Report on vaccination in the Province of Bengal - 1874-1889
Year: 1874
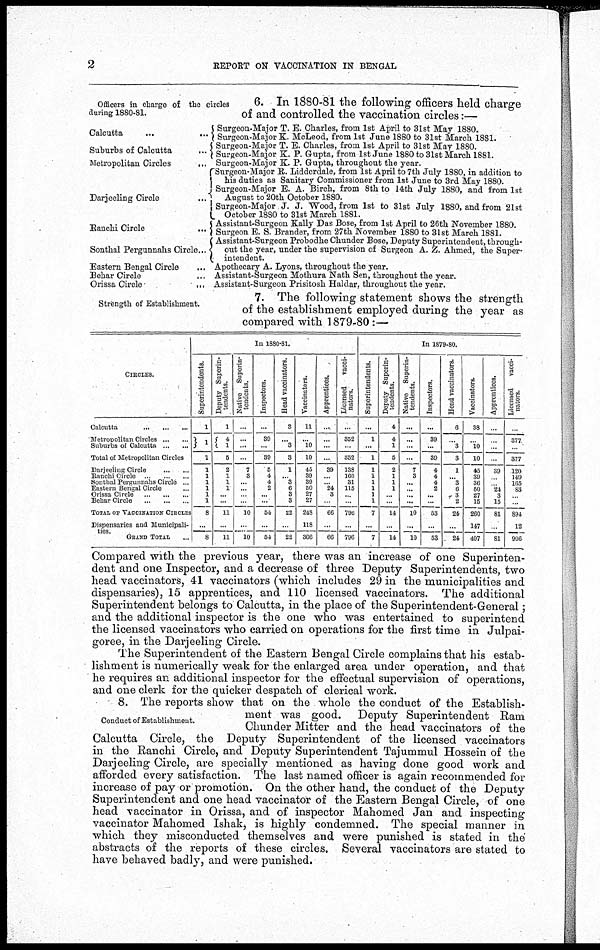
2
REPORT ON VACCINATION IN BENGAL
Officers in charge of the circles
during 1880-81.
6. In 1880-81 the following officers held charge
of and controlled the vaccination circles:—
Calcutta
...
...
Suburbs of Calcutta
...
Metropolitan Circles
...
Darjeeling Circle
...
Ranchi Circle
...
Sonthal Pergunnahs Circle...
Eastern Bengal Circle
Behar Circle
...
Orissa Circle
...
Surgeon-Major T. E. Charles, from 1st April to 31st May 1880.
Surgeon-Major K. McLeod, from 1st June 1880 to 31st March 1881.
Surgeon-Major T. E. Charles, from 1st April to 31st May 1880.
Surgeon-Major K. P. Gupta, from 1st June 1880 to 31st March 1881.
Surgeon-Major K. P. Gupta, throughout the year.
Surgeon-Major R. Lidderdale, from 1st April to 7th July 1880, in addition to
his duties as Sanitary Commissioner from 1st June to 3rd May 1880.
Surgeon-Major E. A. Birch, from 8th to 14th July 1880, and from 1st
August to 20th October 1880.
Surgeon-Major J. J. Wood, from 1st to 31st July 1880, and from 21st
October 1880 to 31st March 1881.
"Assistant-Surgeon Kally Das Bose, from 1st April to 26th November 1880.
Surgeon E. S. Brander, from 27th November 1880 to 31st March 1881.
Assistant-Surgeon Probodhe Chunder Bose, Deputy Superintendent, through-
out the year, under the supervision of Surgeon A. Z. Ahmed, the Super-
intendent.
Apothecary A. Lyons, throughout the year.
Assistant-Surgeon Mothura Nath Sen, throughout the year.
Assistant-Surgeon Prisitosh Haldar, throughout the year.
Strength of Establishment.
7. The following statement shows the strength
of the establishment employed during the year as
compared with 1879-80:—
CIRCLES.
Calcutta
...
...
...
Metropolitan Circles ... ...
Suburbs of Calcutta ... ...
Total of Metropolitan Circles
Darjeeling Circle
...
...
Ranchi Circle ... ...
Sonthal Pergunnabs Circle ...
Eastern Bengal Circle ...
Orissa Circle
...
...
...
Behar Circle
...
...
...
TOTAL OF VACCINATION CIRCLES
Dispensaries and Mumcipali-
ties.
GRAND TOTAL ...
In 1880-81.
Superintendents.
1
1
1
1
1
1
1
1
1
8
...
8
Deputy Superin-
tendents.
1
4
1
5
2
1
1
1
...
...
11
...
11
Native Superin-
tendents.
...
...
...
...
7
3
...
...
...
...
10
...
10
Inspectors.
...
39
...
39
5
4
4
2
...
...
54
...
54
Head vaccinators.
3
...
3
3
1
... 3
6
3
3
22
...
22
Vaccinators.
11
...
10
10
45
89
39
50
27
27
248
118
366
Apprentices.
...
...
...
...
39
...
...
24
3
...
66
...
66
Licensed
vacci-
nators.
...
352
...
352
138
160
31
115
...
...
796
...
796
In 1879-80.
Superintendents.
...
1
...
1
1
I
1
1
1
1
7
...
7
Deputy Superin-
tendents.
4
4
1
5
2
1
1
1
... ...
14
...
14
Native Superin-
tendents.
...
...
...
...
7
3
...
...
...
...
10
...
10
Inspectors.
...
39
...
39
4
4
4
2
...
...
53
...
53
Head vaccinators.
6
...
3
3
1
... 3
6
3
2
24
...
24
Vaccinators.
38
...
10
10
45
39
36
50
27
15
260
147
407
Apprentices.
...
...
...
...
39
...
...
24
3
15
81
...
81
Licensed
vacci-
nators.
...
377
...
377
120
149
165
83
...
..
894
12
906
Compared with the previous year, there was an increase of one Superinten-
dent and one Inspector, and a decrease of three Deputy Superintendents, two
head vaccinators, 41 vaccinators (which includes 29 in the municipalities and
dispensaries), 15 apprentices, and 110 licensed vaccinators. The additional
Superintendent belongs to Calcutta, in the place of the Superintendent-General;
and the additional inspector is the one who was entertained to superintend
the licensed vaccinators who carried on operations for the first time in Julpai-
goree, in the Darjeeling Circle.
The Superintendent of the Eastern Bengal Circle complains that his estab-
lishment is numerically weak for the enlarged area under operation, and that
he requires an additional inspector for the effectual supervision of operations,
and one clerk for the quicker despatch of clerical work.
Conduct of Establishment.
8. The reports show that on the whole the conduct of the Establish-
ment was good. Deputy Superintendent Ram
Chunder Mitter and the head vaccinators of the
Calcutta Circle, the Deputy Superintendent of the licensed vaccinators
in the Ranchi Circle, and Deputy Superintendent Tajummul Hossein of the
Darjeeling Circle, are specially mentioned as having done good work and
afforded every satisfaction. The last named officer is again recommended for
increase of pay or promotion. On the other hand, the conduct of the Deputy
Superintendent and one head vaccinator of the Eastern Bengal Circle, of one
head vaccinator in Orissa, and of inspector Mahomed Jan and inspecting
vaccinator Mahomed Ishak, is highly condemned. The special manner in
which they misconducted themselves and were punished is stated in the
abstracts of the reports of these circles. Several vaccinators are stated to
have behaved badly, and were punished.